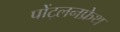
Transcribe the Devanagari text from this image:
पोंट्लनफ्रेथ